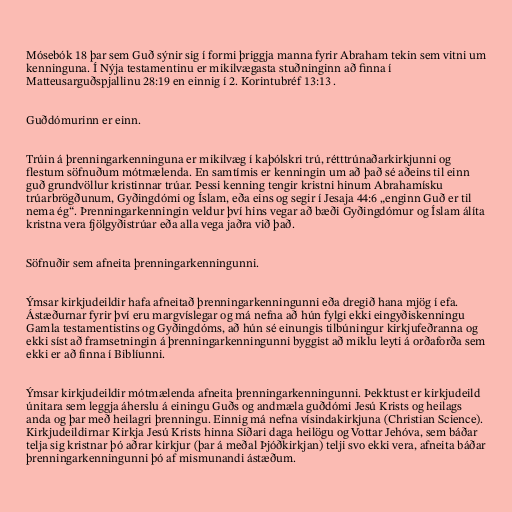
Mósebók 18 þar sem Guð sýnir sig í formi þriggja manna fyrir Abraham tekin sem vitni um
kenninguna. Í Nýja testamentinu er mikilvægasta stuðninginn að finna í
Matteusarguðspjallinu 28:19 en einnig í 2. Korintubréf 13:13 .

Guðdómurinn er einn.

Trúin á þrenningarkenninguna er mikilvæg í kaþólskri trú, rétttrúnaðarkirkjunni og
flestum söfnuðum mótmælenda. En samtímis er kenningin um að það sé aðeins til einn
guð grundvöllur kristinnar trúar. Þessi kenning tengir kristni hinum Abrahamísku
trúarbrögðunum, Gyðingdómi og Íslam, eða eins og segir í Jesaja 44:6 „enginn Guð er til
nema ég“. Þrenningarkenningin veldur því hins vegar að bæði Gyðingdómur og Íslam álíta
kristna vera fjölgyðistrúar eða alla vega jaðra við það.

Söfnuðir sem afneita þrenningarkenningunni.

Ýmsar kirkjudeildir hafa afneitað þrenningarkenningunni eða dregið hana mjög í efa.
Ástæðurnar fyrir því eru margvíslegar og má nefna að hún fylgi ekki eingyðiskenningu
Gamla testamentistins og Gyðingdóms, að hún sé einungis tilbúningur kirkjufeðranna og
ekki síst að framsetningin á þrenningarkenningunni byggist að miklu leyti á orðaforða sem
ekki er að finna í Biblíunni.

Ýmsar kirkjudeildir mótmælenda afneita þrenningarkenningunni. Þekktust er kirkjudeild
únitara sem leggja áherslu á einingu Guðs og andmæla guðdómi Jesú Krists og heilags
anda og þar með heilagri þrenningu. Einnig má nefna vísindakirkjuna (Christian Science).
Kirkjudeildirnar Kirkja Jesú Krists hinna Síðari daga heilögu og Vottar Jehóva, sem báðar
telja sig kristnar þó aðrar kirkjur (þar á meðal Þjóðkirkjan) telji svo ekki vera, afneita báðar
þrenningarkenningunni þó af mismunandi ástæðum.